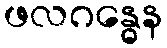
ဖလဂန္ဓေန